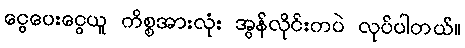
ငွေပေးငွေယူ ကိစ္စအားလုံး အွန်လိုင်းကပဲ လုပ်ပါတယ်။